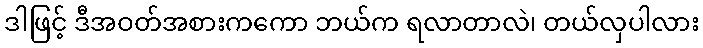
ဒါဖြင့် ဒီအဝတ်အစားကကော ဘယ်က ရလာတာလဲ၊ တယ်လှပါလား